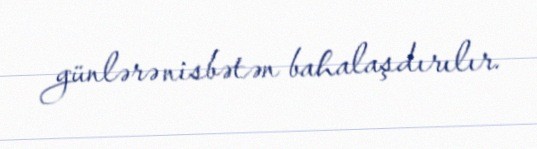
günlərə nisbətən bahalaşdırılır.